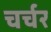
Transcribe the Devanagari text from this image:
चर्चर